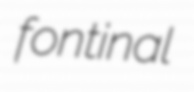
fontinal